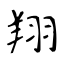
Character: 翔